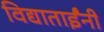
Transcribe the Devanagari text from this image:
विद्याताईंनी